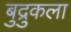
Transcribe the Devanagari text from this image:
बुद्रुकला